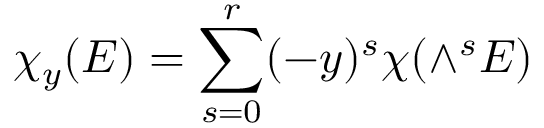
\chi _ { y } ( E ) = \sum _ { s = 0 } ^ { r } ( - y ) ^ { s } \chi ( \wedge ^ { s } E ) \,